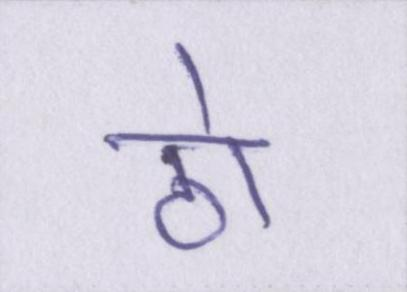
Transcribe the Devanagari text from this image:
ठो